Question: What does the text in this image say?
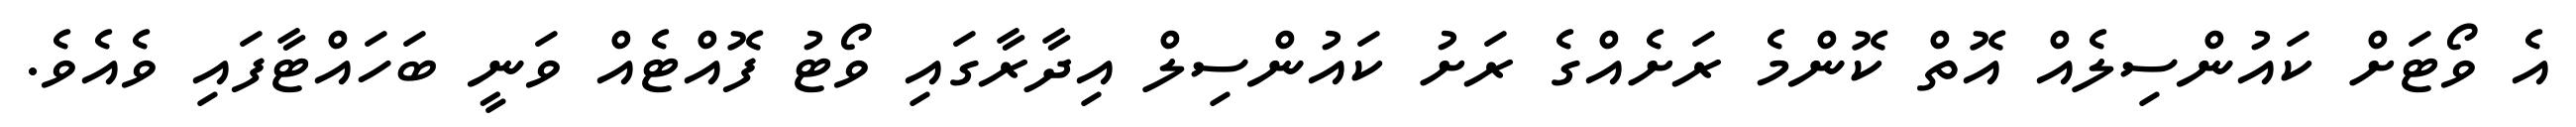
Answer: އެ ވޯޓަށް ކައުންސިލެއް އޮތް ކޮންމެ ރަށެއްގެ ރަށު ކައުންސިލް އިދާރާގައި ވޯޓު ފޮއްޓެއް ވަނީ ބަހައްޓާފައި ވެއެވެ.